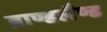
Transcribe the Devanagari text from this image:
ब्राण्डलैण्ड